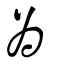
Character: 爲